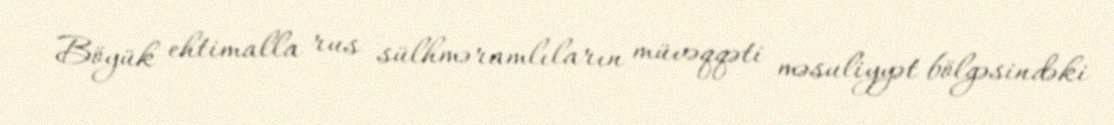
Böyük ehtimalla rus sülhməramlıların müvəqqəti məsuliyyət bölgəsindəki